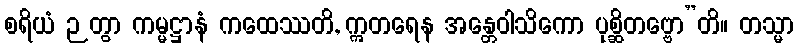
စရိယံ ဉတွာ ကမ္မဋ္ဌာနံ ကထေဿတိ, ဣတရေန အန္တေဝါသိကော ပုစ္ဆိတဗ္ဗော”တိ။ တသ္မာ